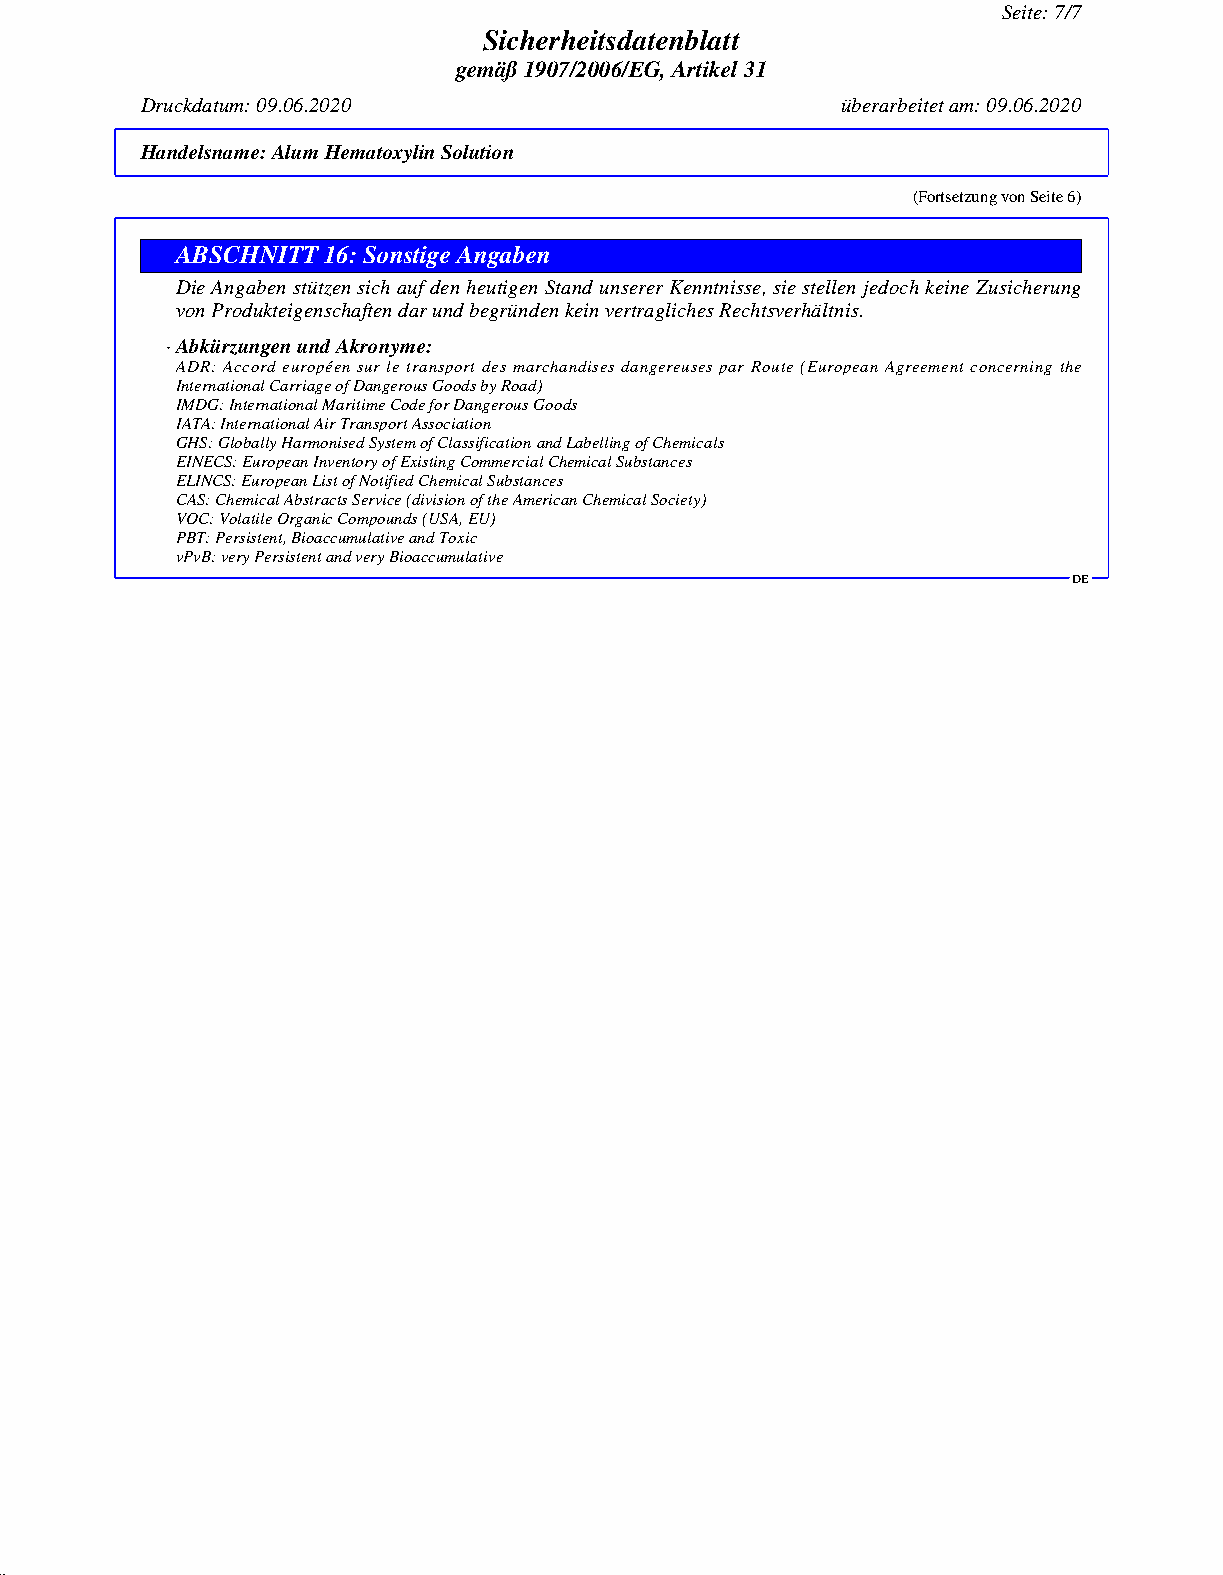
Seite: 7/7
 Sicherheitsdatenblatt
 gemäß 1907/2006/EG, Artikel 31
 Druckdatum: 09.06.2020                         überarbeitet am: 09.06.2020
 Handelsname:Alum Hematoxylin Solution
 (Fortsetzung von Seite 6)
 ABSCHNITT 16: Sonstige Angaben
 Die Angaben stützen sich auf den heutigen Stand unserer Kenntnisse, sie stellen jedoch keine Zusicherung
 von Produkteigenschaften dar und begründen kein vertragliches Rechtsverhältnis.
 · Abkürzungen und Akronyme:
 ADR: Accord européen sur le transport des marchandises dangereuses par Route (European Agreement concerning the
 International Carriage of Dangerous Goods by Road)
 IMDG: International Maritime Code for Dangerous Goods
 IATA: International Air Transport Association
 GHS: Globally Harmonised System of Classification and Labelling of Chemicals
 EINECS: European Inventory of Existing Commercial Chemical Substances
 ELINCS: European List of Notified Chemical Substances
 CAS: Chemical Abstracts Service (division of the American Chemical Society)
 VOC: Volatile Organic Compounds (USA, EU)
 PBT: Persistent, Bioaccumulative and Toxic
 vPvB: very Persistent and very Bioaccumulative
 DE
 51.0.2